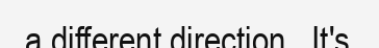
a different direction . It's